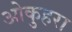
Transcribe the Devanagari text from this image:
ओकुहरा